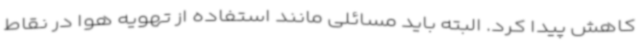
کاهش پیدا کرد. البته باید مسائلی مانند استفاده از تهویه هوا در نقاط